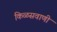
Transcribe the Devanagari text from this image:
किळसवाणी